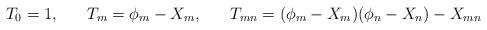
LaTeX: \begin{align*}T_{0}=1,\;\;\;\;\;\; T_{m} = \phi_{m} -X_{m}, \;\;\;\;\;\; T_{mn} = (\phi_{m}-X_{m})(\phi_{n}-X_{n}) - X_{mn}\end{align*}